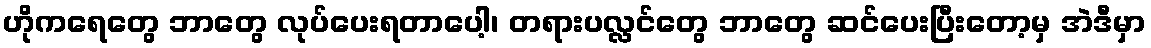
ဟိုကရေတွေ ဘာတွေ လုပ်ပေးရတာပေါ့၊ တရားပလ္လင်တွေ ဘာတွေ ဆင်ပေးပြီးတော့မှ အဲဒီမှာ